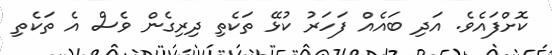
ކޮށްފައެވެ. އަދި ބައެއް ފަހަރު ކުޅޭ ތަކެތި ދިރިގެން ވެސް އެ ތަކެތި